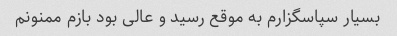
بسیار سپاسگزارم به موقع رسید و عالی بود بازم ممنونم